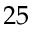
2 5